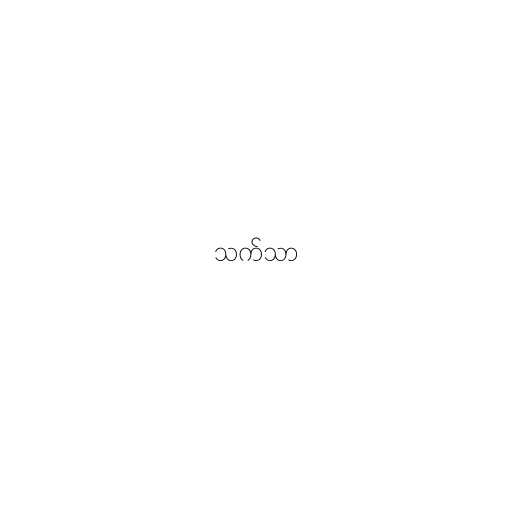
သက်သာ